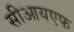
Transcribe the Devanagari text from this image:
सीआयएफ